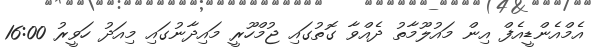
އެމްއެންޑީއެފް އިން މައުލޫމާތު ދެއްވާ ގޮތުގައި ޖުމްހޫރީ މައިދާނުގައި މިއަދު ހަވީރު 16:00